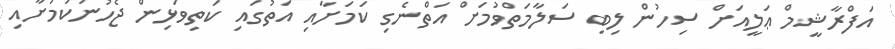
އަފްރާޝީމް ޢަލީއަށް ސިހުން ލިބި ސަލާމަތްވުމަށް އަތްނެގި ކަމަށާއި އަތުގައި ކަތިވަޅިން ޖެހުނުކަމަށާއި